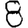
Digit: 8